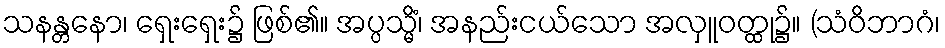
သနန္တနော၊ ရှေးရှေး၌ ဖြစ်၏။ အပ္ပသ္မိံ၊ အနည်းငယ်သော အလှူဝတ္ထု၌။ (သံဝိဘာဂံ၊